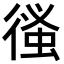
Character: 𢕉